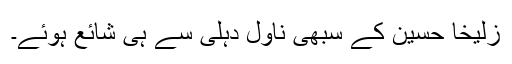
زُلیخا حُسین کے سبھی ناول دہلی سے ہی شائع ہوئے۔